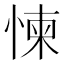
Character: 𱞫